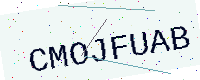
Text: CMOJFUAB